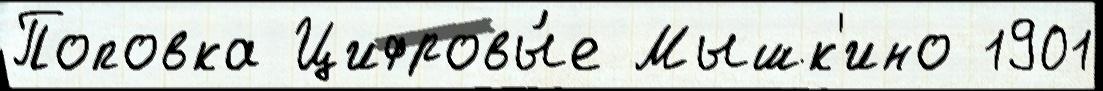
Поповка Цифровы́е Мышк'ино 1901